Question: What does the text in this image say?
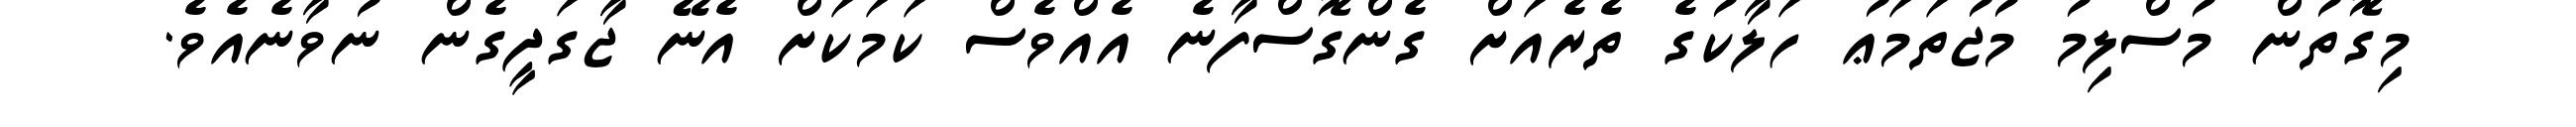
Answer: މިގޮތުން މުސްލިމު މުޖުތަމަޢު ހަލާކުގެ ތެރެއަށް ގެންގޮސްފާނެ އެއްވެސް ކަމަކަށް އެނޭ ޖާގަދީގެން ނުވާނެއެވެ.